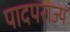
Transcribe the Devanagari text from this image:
पादपराज्य